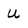
Character: U